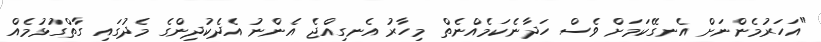
"އަހަރުމެންނަށް އެނގޭކަމަށް ވެސް ހަދާނެކަމެއްނެތް މިހާރު އެނގިއްޖެ އެންނު އެދެކުދިންގެ މެދުގައި ގާތްގުޅުމެއް